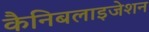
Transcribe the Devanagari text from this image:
कैनिबलाइजेशन